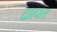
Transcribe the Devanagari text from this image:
दाहात